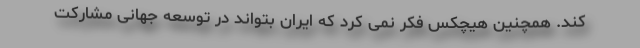
کند. همچنین هیچکس فکر نمی کرد که ایران بتواند در توسعه جهانی مشارکت